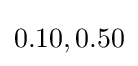
0.10,0.50